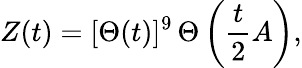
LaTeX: Z(t)=[\Theta(t)]^{9}\, \Theta\left({\frac{t}{2}}A\right),